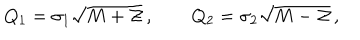
LaTeX: Q _ { 1 } = \sigma _ { 1 } \sqrt { M + { \cal Z } } \, , \qquad Q _ { 2 } = \sigma _ { 2 } \sqrt { M - { \cal Z } } \, ,